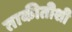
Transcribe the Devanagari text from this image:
ताकीतीशी